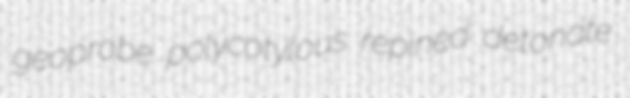
geoprobe polycotylous repined detonate